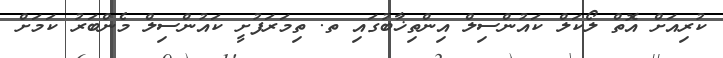
ކުރިއަށް އޮތް ލޯކަލް ކައުންސިލް އިންތިޚާބުގައި ތ. ތިމަރަފުށީ ކައުންސިލް މެންބަރު ކަމަށް